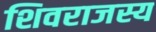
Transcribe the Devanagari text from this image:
शिवराजस्य